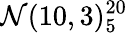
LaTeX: \mathcal{N}(10,3)_{5}^{20}